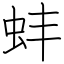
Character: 蚌